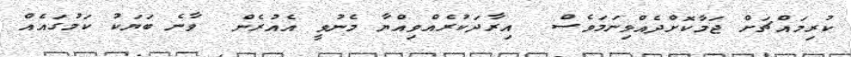
ކުރިމައްޗަށް ޖަމާކޮށްދެއްވިނަމަވެސް  އިރާދަކުރެއްވިއްޔާ މެނުވީ އެއުރެން  ވާނެ ބަޔަކު ކަމުގައެއް